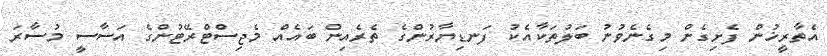
އެތާރީޚުން ފެށިގެން މިގެނެވުނު ބަަލުތަކާއެކު ފަނޑިޔާރުންގެ ތެރެއިން ބައެއް މެޖިސްޓްރޭޓުންގެ އަސާސީ މުސާރަ